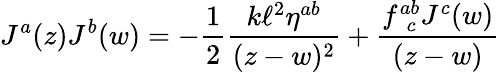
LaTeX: J^{a}(z)J^{b}(w)=-\frac{1}{2}\frac{k\ell^{2}\eta^{ab}}{(z-w)^{2}}+\frac{f_{~~c}^{ab}J^{c}(w)}{(z-w)}